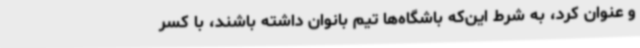
و عنوان کرد، به شرط این‌که باشگاه‌ها تیم بانوان داشته باشند، با کسر